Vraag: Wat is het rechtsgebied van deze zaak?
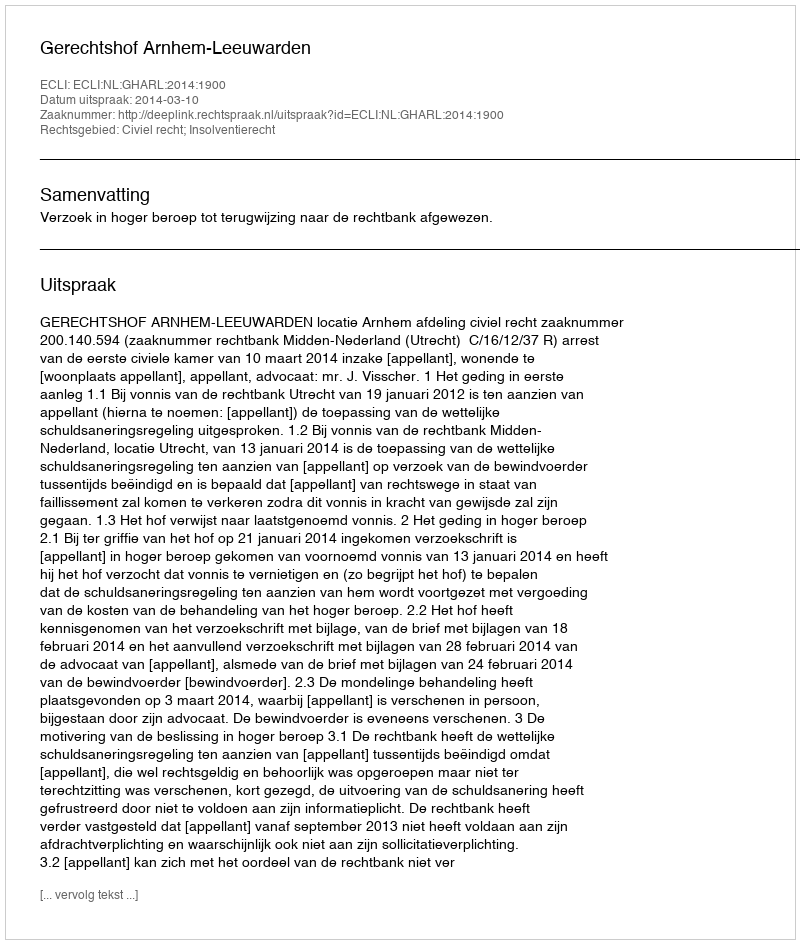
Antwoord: Civiel recht; Insolventierecht